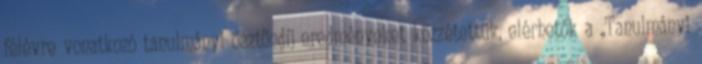
félévre vonatkozó tanulmányi ösztöndíj eredményeket közzétettük, elérhetők a „Tanulmányi